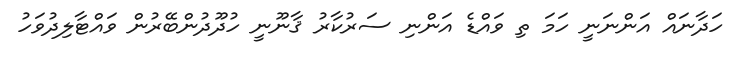
ހަދާނައް އަންނަނީ ހަމަ ތި ވައްޑެ އަންނި ސަރުކާރު ޤާނޫނީ ހުދޫދުންބޭރުން ވައްޓާލިދުވަހު